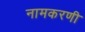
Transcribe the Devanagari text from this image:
नामकरणी